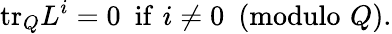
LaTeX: \mathrm{tr}_{Q}L^{i}=0\, \, \, \mathrm{if}\, \, i\ne 0\, \, \, (\mathrm{modulo}\, \, Q).